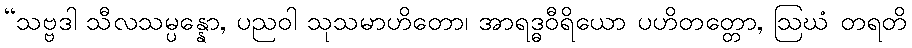
“သဗ္ဗဒါ သီလသမ္ပန္နော, ပညဝါ သုသမာဟိတော၊ အာရဒ္ဓဝီရိယော ပဟိတတ္တော, ဩဃံ တရတိ